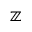
\mathbb { Z }